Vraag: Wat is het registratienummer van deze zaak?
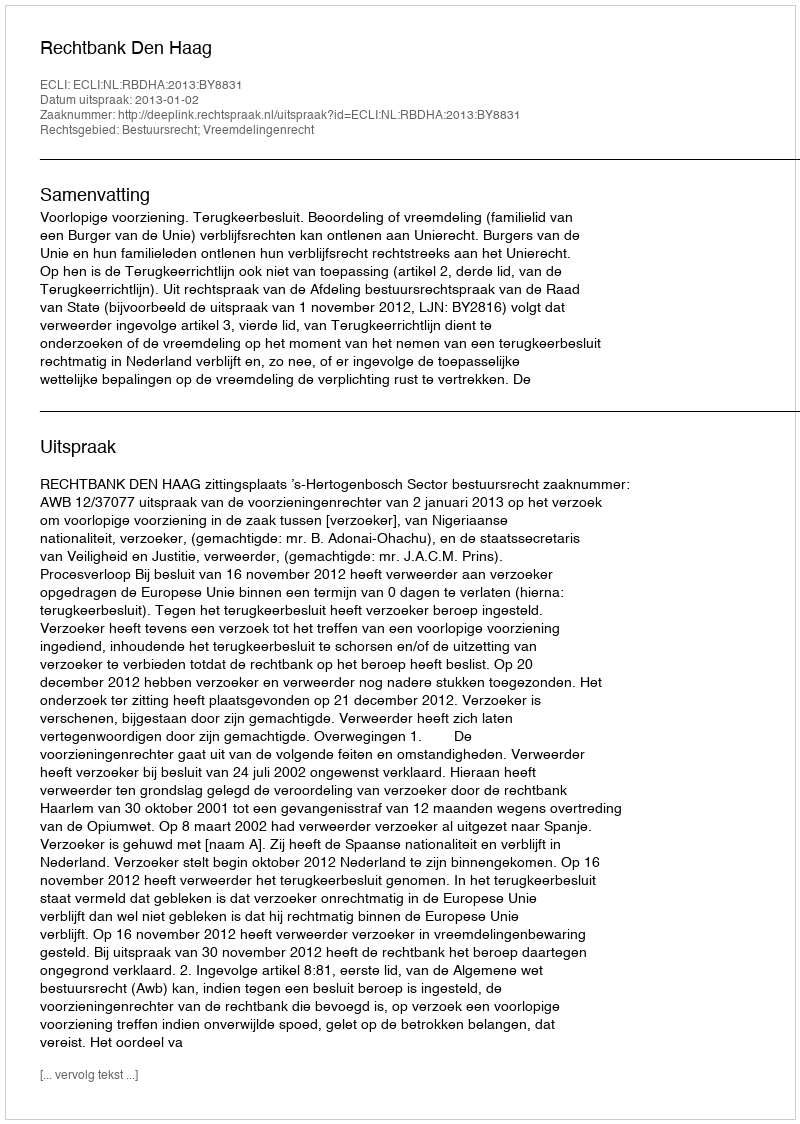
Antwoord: http://deeplink.rechtspraak.nl/uitspraak?id=ECLI:NL:RBDHA:2013:BY8831